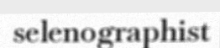
selenographist